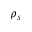
\rho _ { s }